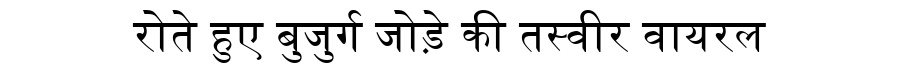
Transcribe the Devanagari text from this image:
रोते हुए बुजुर्ग जोड़े की तस्वीर वायरल